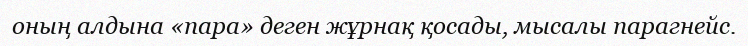
оның алдына «пара» деген жұрнақ қосады, мысалы парагнейс.